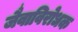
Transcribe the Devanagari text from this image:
जैवाविरोधक